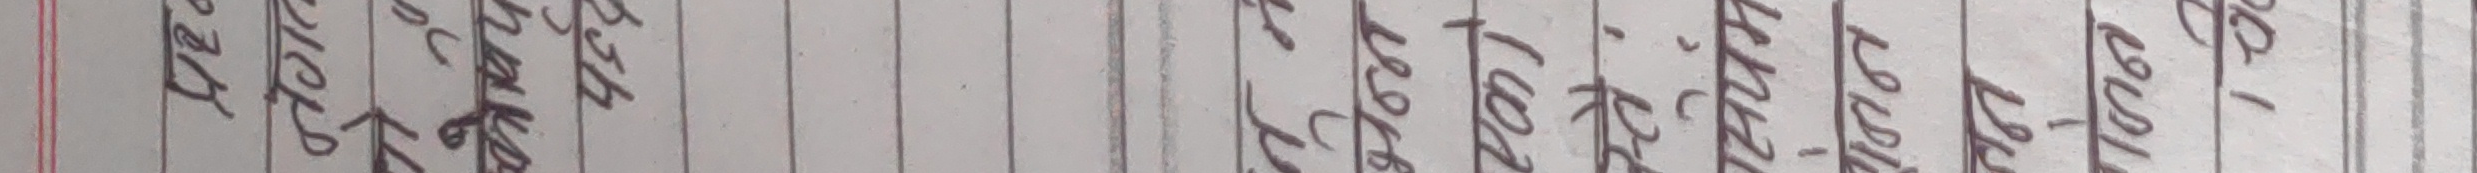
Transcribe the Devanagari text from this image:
९० क्यापिटल लेटर लेख्न सकिएला।
लेख्या छ । राम्रो
होला। जे होस अब
ठिकै होला।